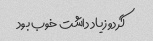
گردو زیاد داشت خوب بود